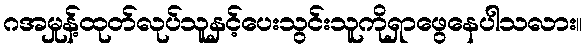
ဂအမှုန့်ထုတ်လုပ်သူနှင့်ပေးသွင်းသူကိုရှာဖွေနေပါသလား။